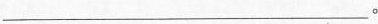
___。